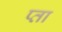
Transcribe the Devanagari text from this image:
प्ता